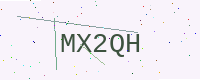
Text: MX2QH